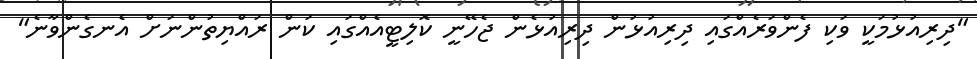
"ދިރިއުޅުމަކީ ވަކި ފެންވަރެއްގައި ދިރިއުޅުން ދިރިއުޅެން ޖެހޭނީ ކޮލިޓީއެއްގައި ކަން ރައްޔިތުންނަށް އެނގެންވާނެ"